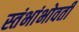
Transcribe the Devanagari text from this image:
स्तंभांभोवती